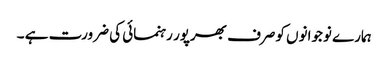
ہمارے نوجوانوں کوصرف بھرپور رہنمائی کی ضرورت ہے ۔